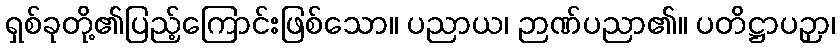
ရှစ်ခုတို့၏ပြည့်ကြောင်းဖြစ်သော။ ပညာယ၊ ဉာဏ်ပညာ၏။ ပတိဋ္ဌာပဉှာ၊